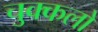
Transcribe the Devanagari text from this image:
चुक्कलो